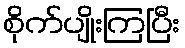
စိုက်ပျိုးကြပြီး